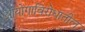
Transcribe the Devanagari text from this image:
आयोगाविरोधातील